Scottish Certificate of Education, 1962
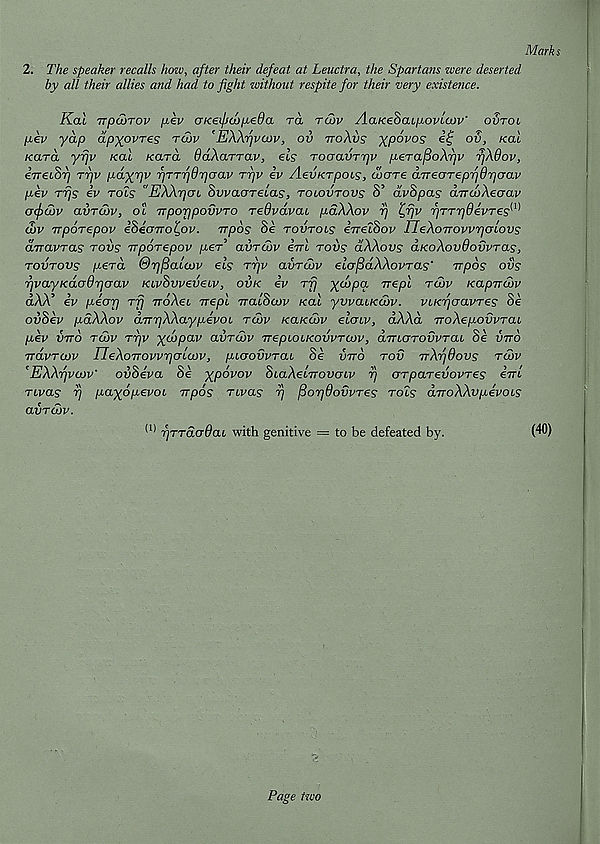
Marks
2. The speaker recalls how, after their defeat at Leuctra, the Spartans were deserted
by all their allies and had to fight without respite for their very existence.
Kal TTpdoTov pev UKeipdopeOa to, tcov AaKeScupoviaov' ovtol
pev yap apyovres roov e EXXfjvoJv, ov ttoXvs ypovos it; ov, Kal
Kara yrjv Kal Kara ddXarrav, els Toaavrrjv perapoXrjv fjXdov,
iveLSrj rfjv payriv rjTTfjdrjaav tt]v iv AevKrpois, wore aTreorepfjdpaav
pev rrjs iv tols ''EXXrjcn Swaaretas, tolovtovs S’ dvSpas aTrcoXeaav
crrjrcov aiiToov, oil TTporjpovvro redvavat pdXXov rj l^rjv rjTTTjdivres^
dbv Trporepov iSiaTro^ov. irpos Se tovtols iTrecSov IJeXoTTovvrjalovs
drravTas roiis irpoTepov per’ avrcov irrl tovs dXXovs aKoXovdovvras,
tovtovs perd ©pfialaov els Trjv avrdw elafidXXovras' wpos ovs
rjvayKaodrjcrav KivSvveveiv, ovk iv rfj Xtopa Trepl rcov KapTrdbv
dXX iv pear) rfj rroXei Trepl TralSaov Kal yvvaiKwv. vcKpaavres Se
ovSev pdXXov aTrrjXXaypevoi rdov KaKwv elaiv, dXXd TroXepovvTai
pev vtto tcov rrjv ycopav aiirtov TrepLOLKovvrcov, aTnarovvTai Se vtto
navTOiv rieXoTTOVvrjalaJv, pcaodvraL Se vtto tov TrXrjdovs rcov
' EXXfjvcov' oiiSeva Se ypovov SiaAetVouow t) arparevovres iiri
Tcvas r) payopevoc irpos rcvas rj fiorjdovvres rots dvoXXvpevoLS
avrcov.
(i) rjrrdaOaL with genitive = to be defeated by.
(40)
Page two